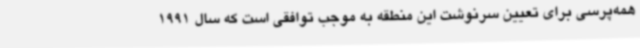
همه‌پرسی برای تعیین سرنوشت این منطقه به موجب توافقی است که سال 1991